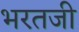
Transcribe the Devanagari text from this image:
भरतजी